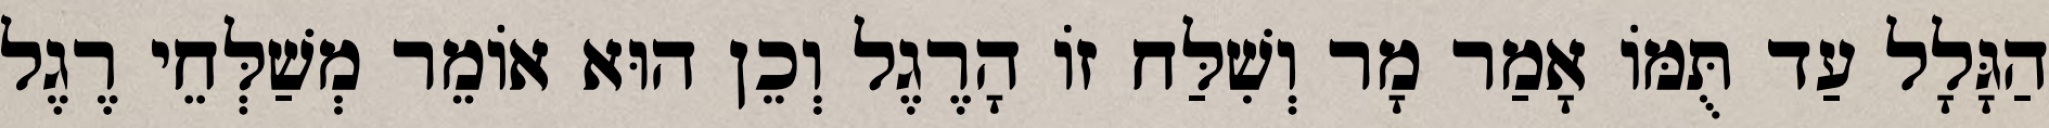
הַגָּלָל עַד תֻּמּוֹ אָמַר מָר וְשִׁלַּח זוֹ הָרֶגֶל וְכֵן הוּא אוֹמֵר מְשַׁלְּחֵי רֶגֶל